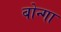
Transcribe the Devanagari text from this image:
बोन्‍गा